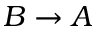
B \rightarrow A